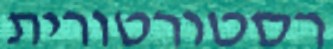
רסטורטורית